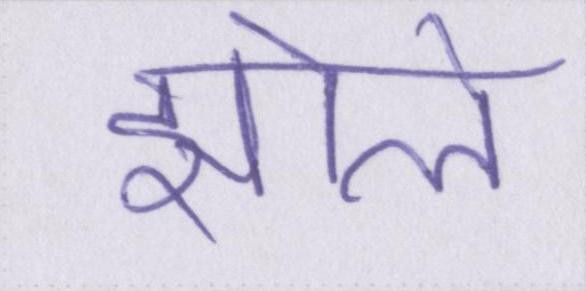
झोले